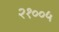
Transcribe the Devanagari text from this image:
२१००५